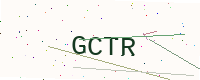
Text: GCTR